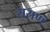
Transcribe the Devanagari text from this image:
सराणं